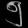
Digit: ၅